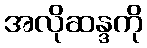
အလိုဆန္ဒကို